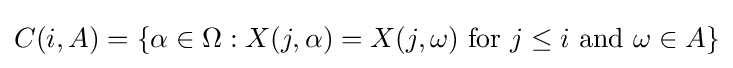
C(i,A)=\{\alpha \in \Omega :X(j,\alpha )=X(j,\omega ){\text{ for }}j\leq i{\text{ and }}\omega \in A\}